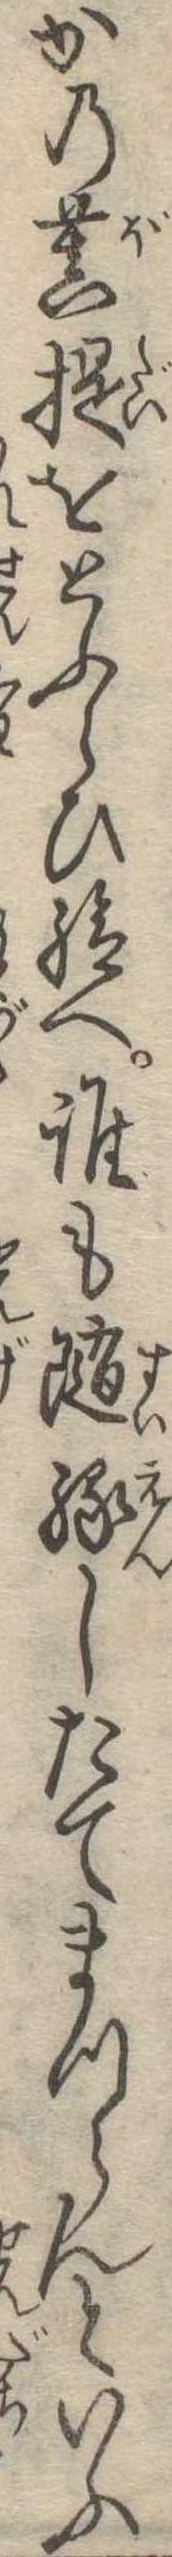
かの菩提をとふらひ給へ誰も随縁したてまつらんといふ